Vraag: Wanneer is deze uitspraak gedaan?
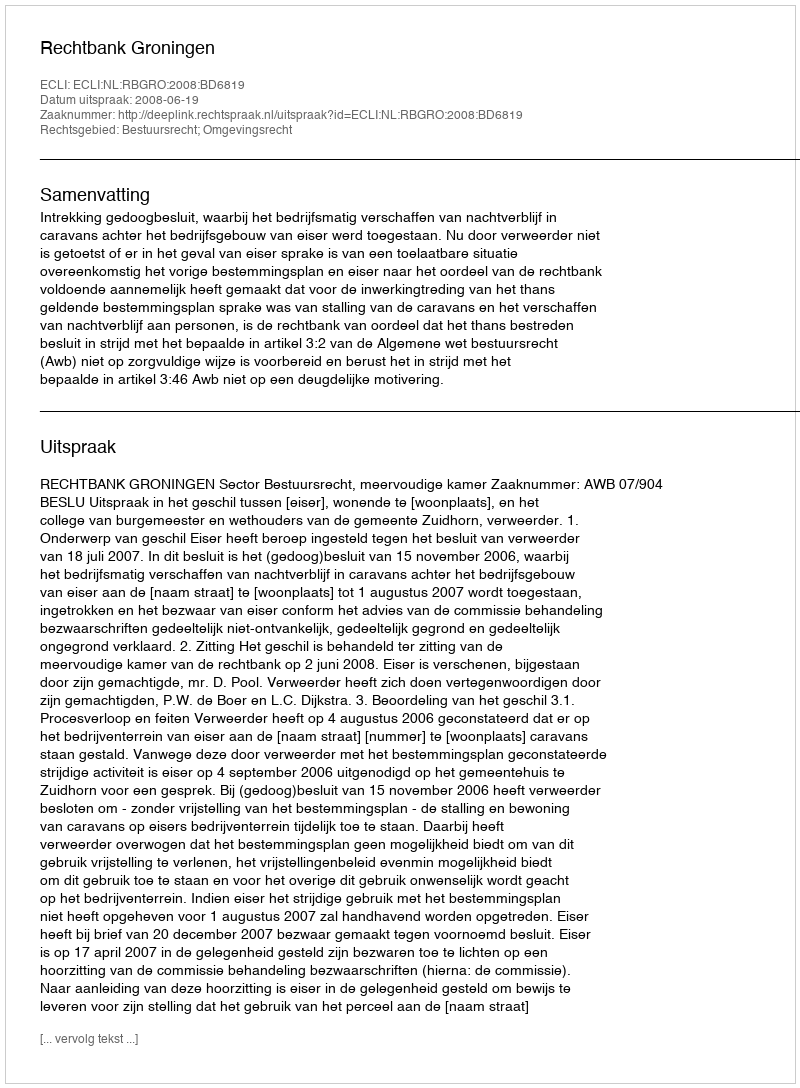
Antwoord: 2008-06-19